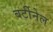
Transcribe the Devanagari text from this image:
बर्टीनेल